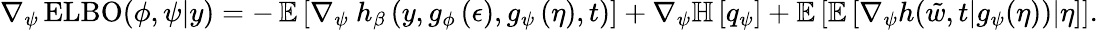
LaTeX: \nabla_{\psi}\operatorname{ELBO}(\phi,\psi\vert y)=-\operatorname{\mathbb{E}}\left[\nabla_{\psi}\ h_{\beta}\left(y,g_{\phi}\left(\epsilon\right),g_{\psi}\left(\eta\right),t\right)\right]+\nabla_{\psi}\mathbb{H}\left[q_{\psi}\right]+\mathbb{E}\left[\mathbb{E}\left[\nabla_{\psi}h(\tilde{w},t\vert g_{\psi}(\eta))\middle\vert\eta\right]\right].